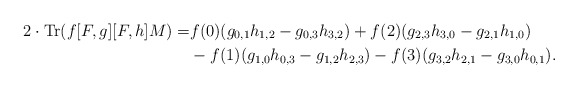
\begin{align*}2 \cdot \operatorname{Tr}(f[F,g][F,h]M) =& f(0)(g_{0,1}h_{1,2} - g_{0,3}h_{3,2})+ f(2)(g_{2,3}h_{3,0} - g_{2,1}h_{1,0}) \\\ &- f(1)(g_{1,0}h_{0,3} - g_{1,2}h_{2,3}) - f(3)( g_{3,2}h_{2,1} - g_{3,0}h_{0,1}).\end{align*}